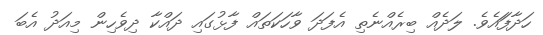
ހަދާފަައެވެ. ލަދެއް ބިރެއްނެތި އެފަދަ ވާހަކަތައް ފާޅުގައި ދައްކާ ދިވެހިން މިއަދު އެބަ